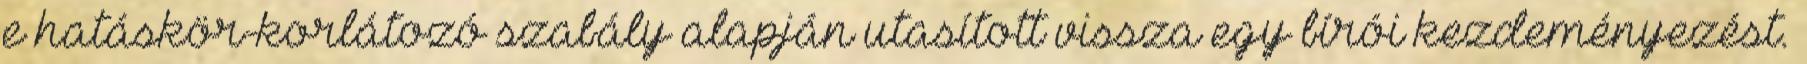
e hatáskör-korlátozó szabály alapján utasított vissza egy bírói kezdeményezést.